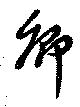
卿